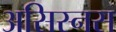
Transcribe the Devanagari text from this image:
असिस्नस